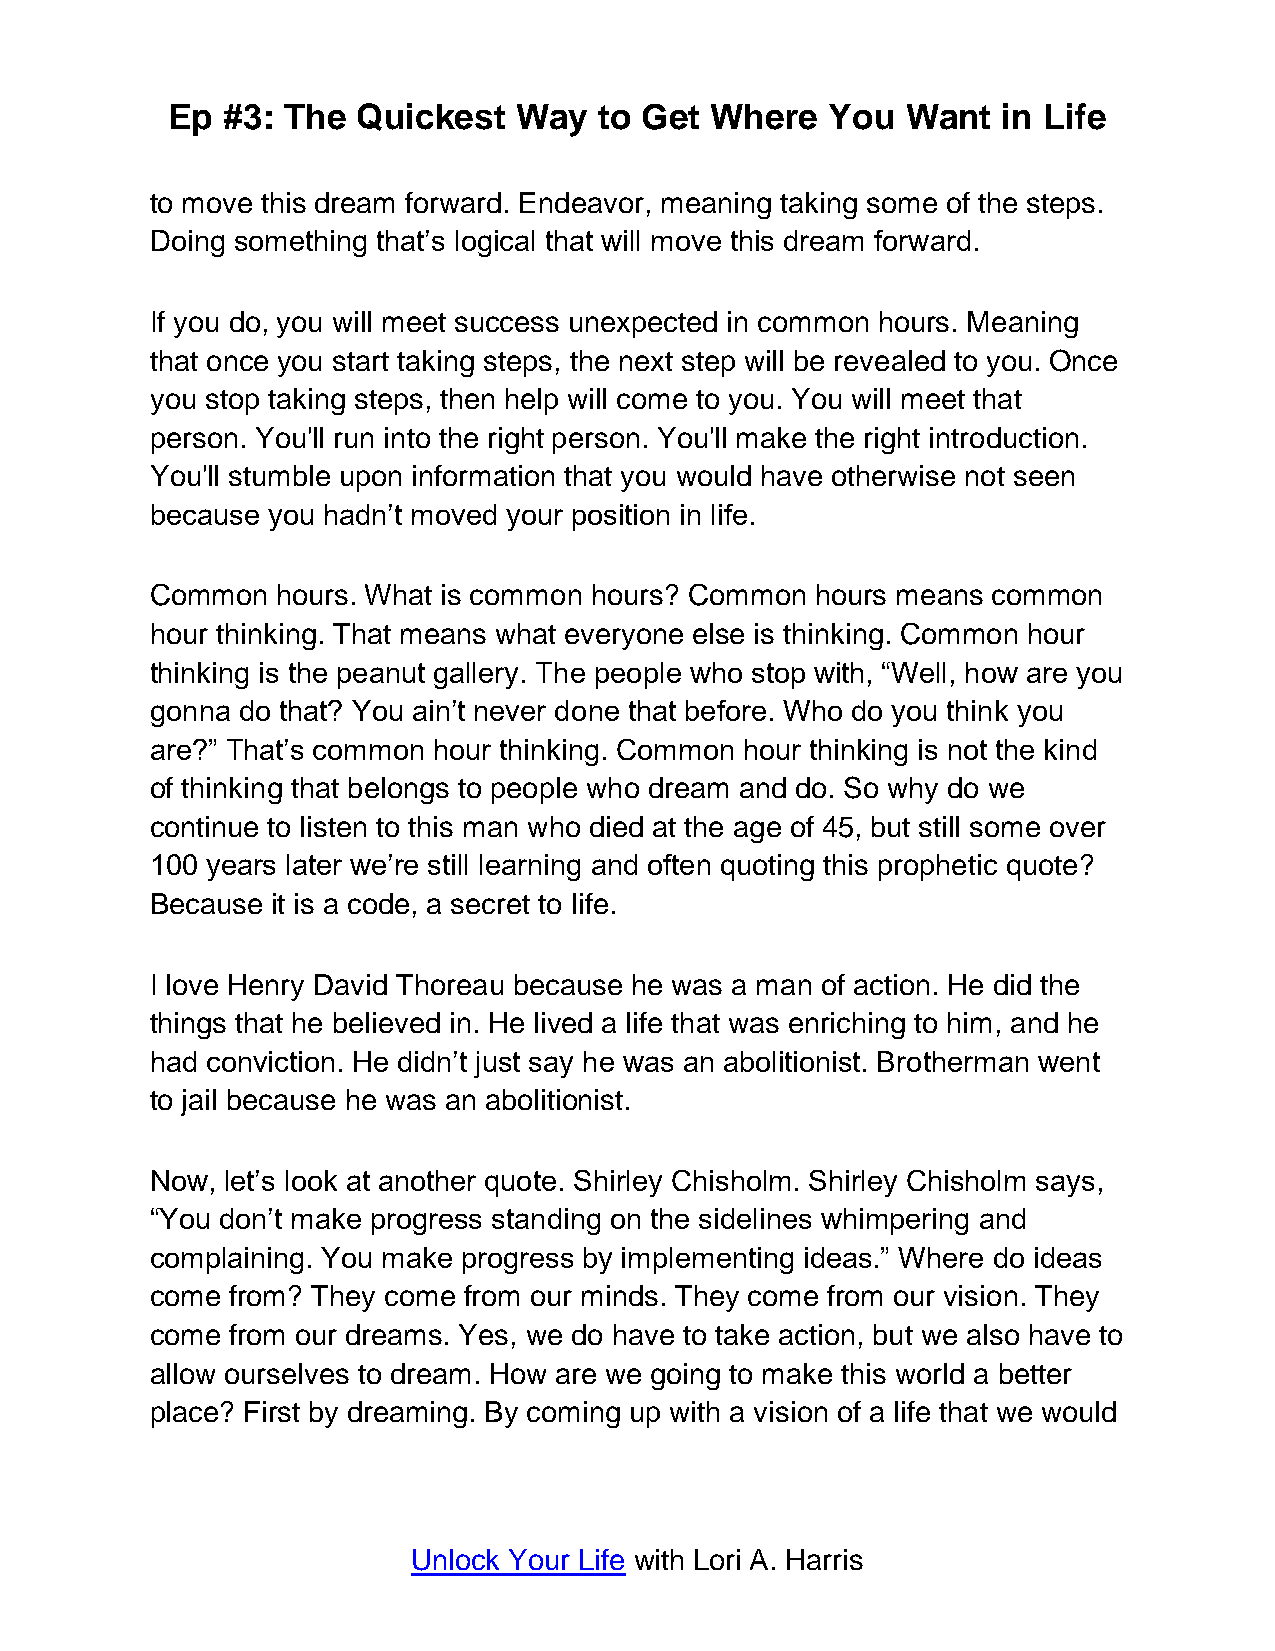
Ep  #3: The  Quickest  Way   to Get Where   You  Want  in Life
 to move this dream forward. Endeavor, meaning taking some of the steps.
 Doing something that’s logical that will move this dream forward.
 If you do, you will meet success unexpected in common hours. Meaning
 that once you start taking steps, the next step will be revealed to you. Once
 you stop taking steps, then help will come to you. You will meet that
 person. You'll run into the right person. You'll make the right introduction.
 You'll stumble upon information that you would have otherwise not seen
 because you hadn’t moved your position in life.
 Common  hours. What is common hours? Common hours means common
 hour thinking. That means what everyone else is thinking. Common hour
 thinking is the peanut gallery. The people who stop with, “Well, how are you
 gonna do that? You ain’t never done that before. Who do you think you
 are?” That’s common hour thinking. Common hour thinking is not the kind
 of thinking that belongs to people who dream and do. So why do we
 continue to listen to this man who died at the age of 45, but still some over
 100 years later we’re still learning and often quoting this prophetic quote?
 Because it is a code, a secret to life.
 I love Henry David Thoreau because he was a man of action. He did the
 things that he believed in. He lived a life that was enriching to him, and he
 had conviction. He didn’t just say he was an abolitionist. Brotherman went
 to jail because he was an abolitionist.
 Now, let’s look at another quote. Shirley Chisholm. Shirley Chisholm says,
 “You don’t make progress standing on the sidelines whimpering and
 complaining. You make progress by implementing ideas.” Where do ideas
 come from? They come from our minds. They come from our vision. They
 come from our dreams. Yes, we do have to take action, but we also have to
 allow ourselves to dream. How are we going to make this world a better
 place? First by dreaming. By coming up with a vision of a life that we would
 Unlock Your Life with Lori A. Harris